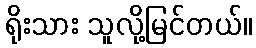
ရိုးသား သူလို့မြင်တယ်။